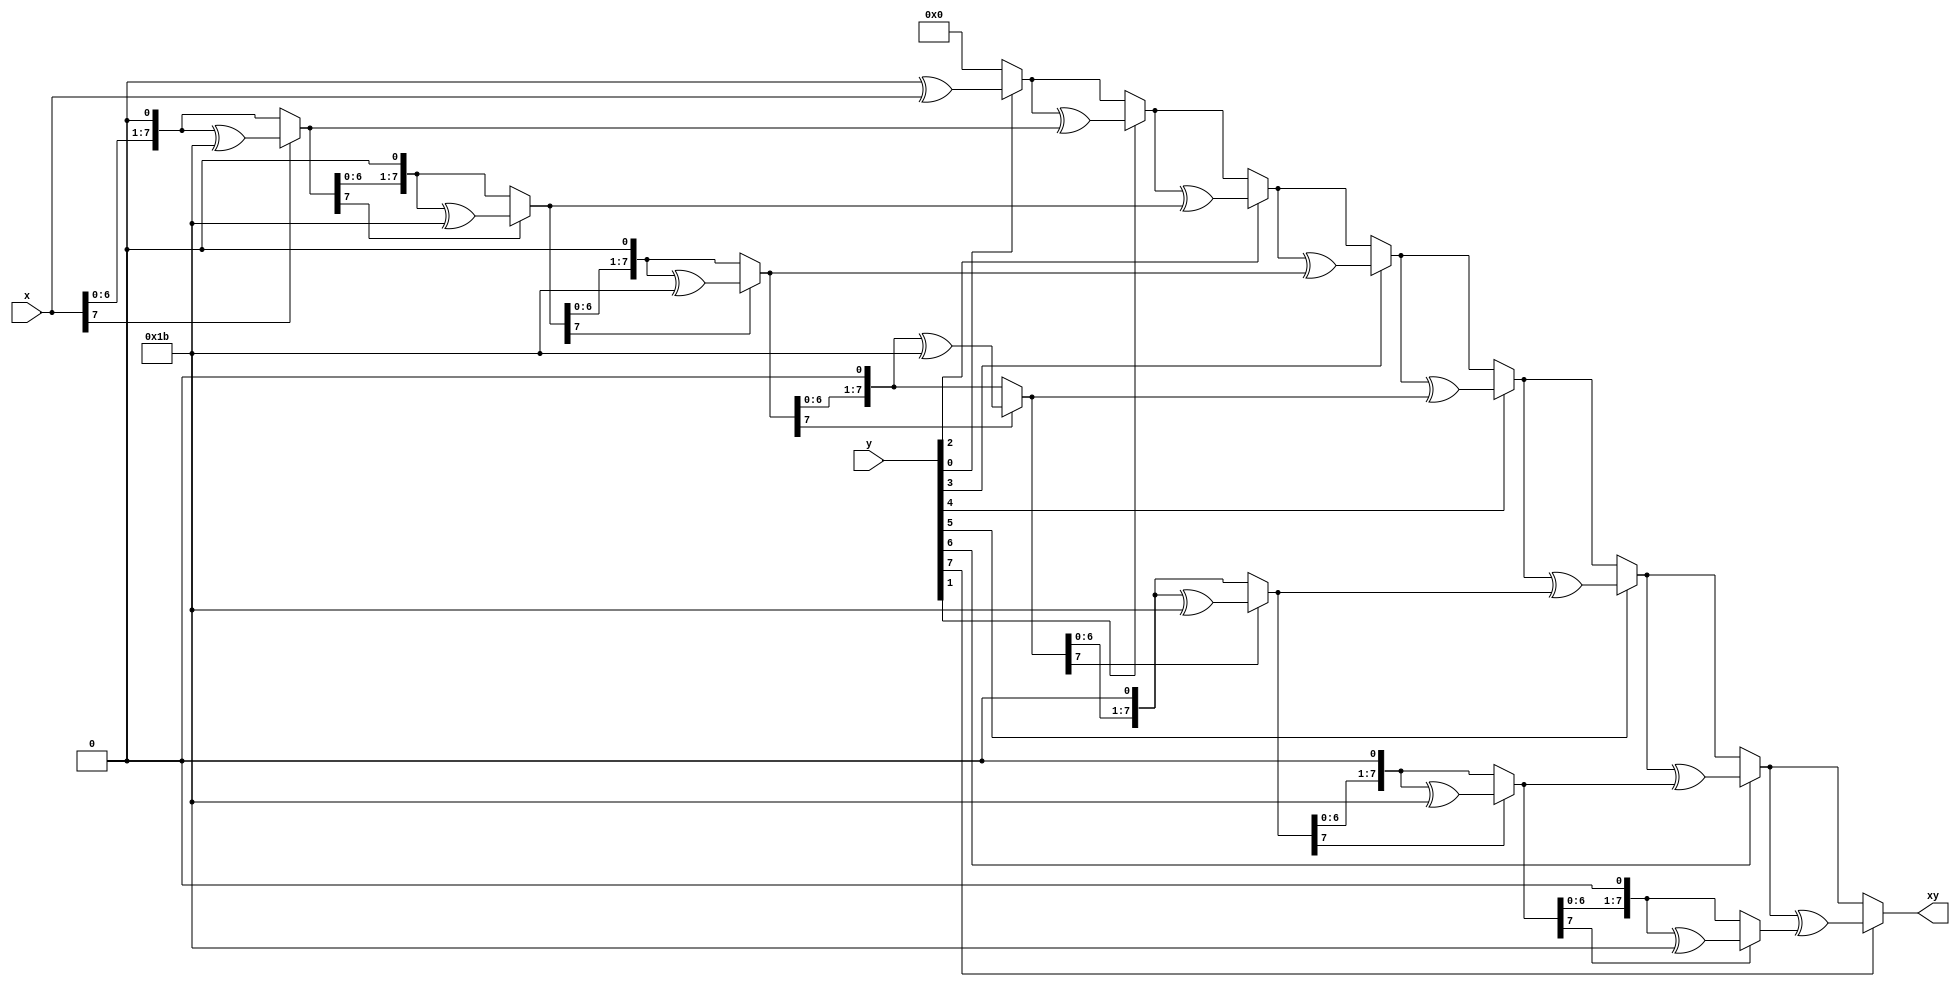
module gmul8 (
	input	[7:0]	x,
	input	[7:0]	y,
	output	[7:0]	xy
);


    wire [9*32-1:0] res;
    wire [9*32-1:0] roundx;

    // init roundx and roundy
    assign roundx[31:0] = x[7:0];
    assign res[31:0] = 0;

    // compare with
    // https://github.com/Qomo-CHENG/IPM-FD/blob/master/src/IPM.c
    // (GF256_Mult)
    genvar i;
    genvar j;
    generate
        for(i = 0; i < 8; i = i + 1) begin
            assign res[((i+2)*32)-1 : (i+1)*32] = (y[i]) ? res[((i+1)*32)-1 : i*32] ^ roundx[((i+1)*32)-1 : i*32] : res[((i+1)*32)-1 : i*32];
            assign roundx[((i+2)*32)-1 : (i+1)*32] = (roundx[i*32+7]) ? (roundx[((i+1)*32)-1 : i*32] << 1) ^ 32'h1B : (roundx[((i+1)*32)-1 : i*32] << 1);
        end
    endgenerate

    assign xy = res[264:256];



endmodule